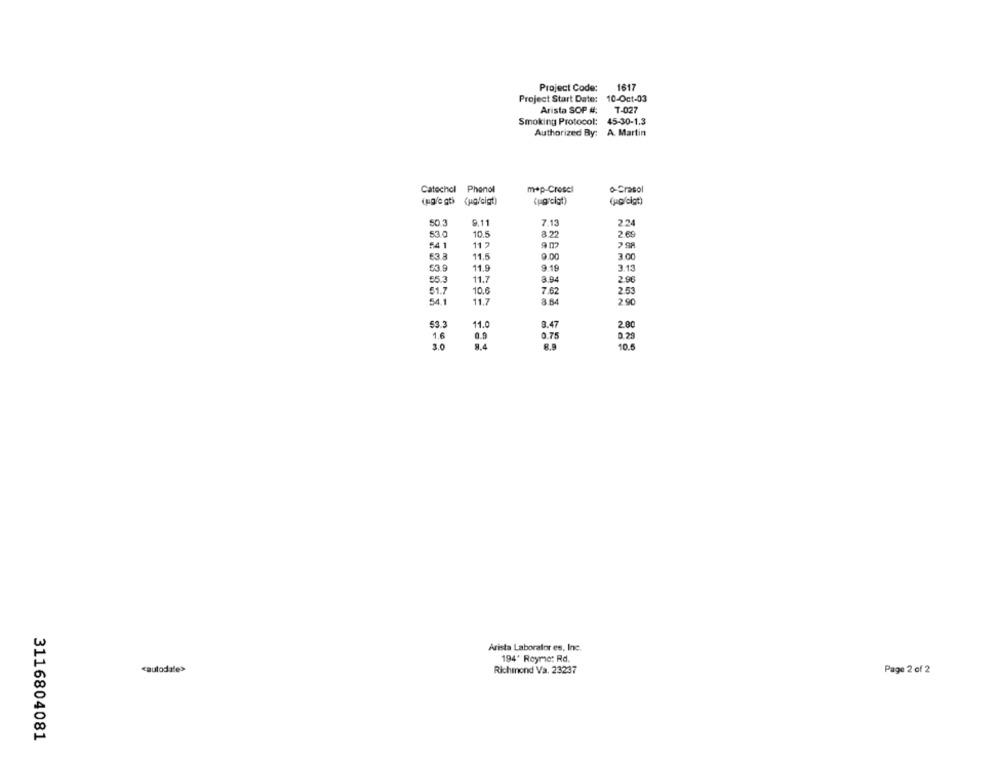
Project Code:
1617
Project Start Date:
10-Oct-03
Arista SOP #:
T-027
Smoking Protocol:
45-30-1.3
Authorized By: A. Martin
Catechol Phenol
mep-Crosel
o-Crasol
(ug/egti (ug/cigt)
(ug'cigt)
(ug/cigt)
50.3
9.11
7.13
2.24
53.0
10.5
8.22
2 69
54 1
11
9 m2
7 98
63.8
11.5
9.00
3.00
53.9
11.9
9.19
3.13
55.3
11.7
3.94
2.96
10.6
7.62
2.53
51.7
54.1
11.7
8.84
2 90
53.3
11.0
3.47
2.80
1.6
0.9
0.75
0.29
3.0
8.9
10.6
Arista Laborator es, Inc.
194' Reyme: Rd.
cautodate>
Richmond Va. 23237
Page 2 of 2
3116804081